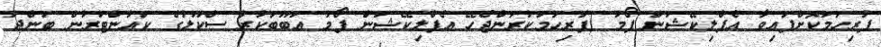
ފުރިހަމަކޮށްފައިވާ އެޕްލިކޭޝަން ފޯމު (ފުރިހަމަކުރަންޖެހޭ އެޕްލިކޭޝަން ފޯމު އަބޫބަކުރު ސްކޫލުގެ ކައުންޓަރުން ބަންދު